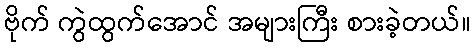
ဗိုက် ကွဲထွက်အောင် အများကြီး စားခဲ့တယ်။